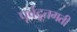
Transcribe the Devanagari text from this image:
पूर्वद्रूतगती